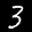
Label: 3